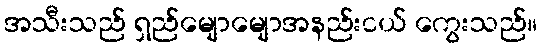
အသီးသည် ရှည်မျောမျောအနည်းငယ် ကွေးသည်။